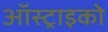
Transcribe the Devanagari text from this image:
ऑस्ट्राइको